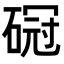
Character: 𥔒